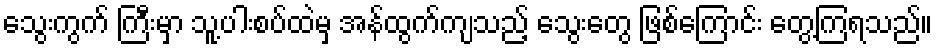
သွေးကွက် ကြီးမှာ သူ့ပါးစပ်ထဲမှ အန်ထွက်ကျသည့် သွေးတွေ ဖြစ်ကြောင်း တွေ့ကြရသည်။